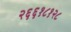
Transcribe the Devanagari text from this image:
२६६१८१२८